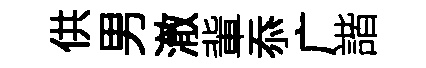
供男澈軰忝广諧